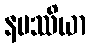
နမဿိယာ